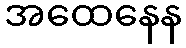
အထေနေန